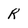
Character: R